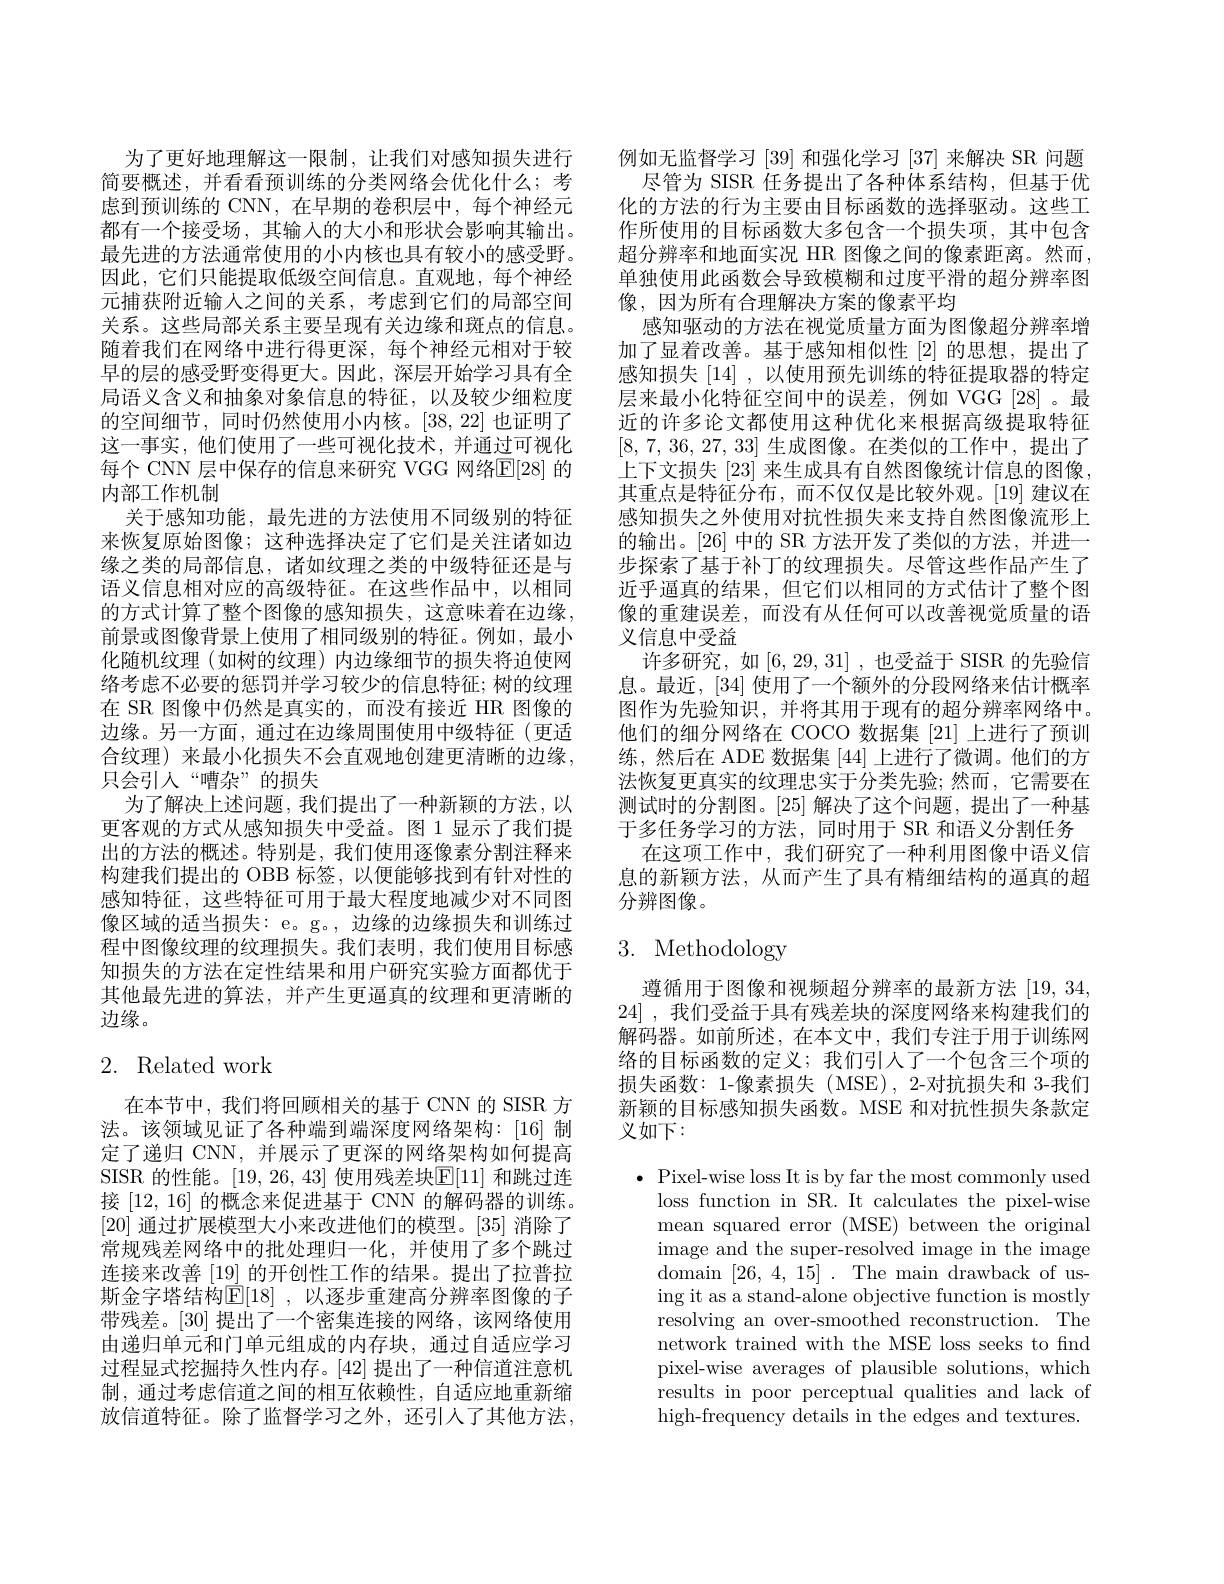
为了更好地理解这一限制，让我们对感知损失进行简要概述，并看看预训练的分类网络会优化什么；考虑到预训练的 CNN,在早期的卷积层中，每个神经元都有一个接受场，其输入的大小和形状会影响其输出。最先进的方法通常使用的小内核也具有较小的感受野。因此，它们只能提取低级空间信息。直观地，每个神经元捕获附近输人之间的关系，考虑到它们的局部空间关系。这些局部关系主要呈现有关边缘和斑点的信息。随着我们在网络中进行得更深，每个神经元相对于较早的层的感受野变得更大。因此，深层开始学习具有全局语义含义和抽象对象信息的特征，以及较少细粒度的空间细节，同时仍然使用小内核。[38,22]也证明了这一事实，他们使用了一些可视化技术，并通过可视化每个 CNN 层中保存的信息来研究 VGG 网络E[28] 的内部工作机制
关于感知功能，最先进的方法使用不同级别的特征来恢复原始图像；这种选择决定了它们是关注诸如边缘之类的局部信息，诸如纹理之类的中级特征还是与语义信息相对应的高级特征。在这些作品中，以相同的方式计算了整个图像的感知损失，这意味着在边缘， 前景或图像背景上使用了相同级别的特征。例如，最小化随机纹理(如树的纹理)内边缘细节的损失将迫使网络考虑不必要的惩罚并学习较少的信息特征；树的纹理在 SR 图像中仍然是真实的，而没有接近 HR 图像的边缘。另一方面，通过在边缘周围使用中级特征(更适合纹理)来最小化损失不会直观地创建更清晰的边缘， 只会引入“嘈杂”的损失
为了解决上述问题，我们提出了一种新颖的方法，以更客观的方式从感知损失中受益。图 1 显示了我们提出的方法的概述。特别是，我们使用逐像素分割注释来构建我们提出的 OBB 标签，以便能够找到有针对性的感知特征，这些特征可用于最大程度地减少对不同图像区域的适当损失：e。g。, 边缘的边缘损失和训练过程中图像纹理的纹理损失。我们表明，我们使用目标感知损失的方法在定性结果和用户研究实验方面都优于其他最先进的算法，并产生更逼真的纹理和更清晰的边缘。

## 2. Related work

在本节中，我们将回顾相关的基于 CNN 的 SISR 方法。该领域见证了各种端到端深度网络架构：[16]制定了递归 CNN,并展示了更深的网络架构如何提高SISR 的性能。[19,26,43] 使用残差块$\mathbb{E}[11]$ 和跳过连接[12,16] 的概念来促进基于 CNN 的解码器的训练。[20]通过扩展模型大小来改进他们的模型。[35]消除了常规残差网络中的批处理归一化，并使用了多个跳过连接来改善[19]的开创性工作的结果。提出了拉普拉斯金字塔结构$\mathbb{E}[18]$,以逐步重建高分辨率图像的子带残差。[30]提出了一个密集连接的网络，该网络使用由递归单元和门单元组成的内存块，通过自适应学习过程显式挖掘持久性内存。[42]提出了一种信道注意机制，通过考虑信道之间的相互依赖性，自适应地重新缩放信道特征。除了监督学习之外，还引人了其他方法，

例如无监督学习 [39] 和强化学习 [37] 来解决 SR 问题
尽管为 SISR 任务提出了各种体系结构，但基于优化的方法的行为主要由目标函数的选择驱动。这些工作所使用的目标函数大多包含一个损失项，其中包含超分辨率和地面实况 HR 图像之间的像素距离。然而， 单独使用此函数会导致模糊和过度平滑的超分辨率图像，因为所有合理解决方案的像素平均
感知驱动的方法在视觉质量方面为图像超分辨率增加了显着改善。基于感知相似性[2]的思想，提出了感知损失[14],以使用预先训练的特征提取器的特定层来最小化特征空间中的误差，例如 VGG[28]。最近的许多论文都使用这种优化来根据高级提取特征[8, 7, 36, 27, 33]生成图像。在类似的工作中，提出了上下文损失[23]来生成具有自然图像统计信息的图像， 其重点是特征分布，而不仅仅是比较外观。[19] 建议在感知损失之外使用对抗性损失来支持自然图像流形上的输出。[26] 中的 SR 方法开发了类似的方法，并进一步探索了基于补丁的纹理损失。尽管这些作品产生了近乎逼真的结果，但它们以相同的方式估计了整个图像的重建误差，而没有从任何可以改善视觉质量的语义信息中受益
许多研究，如[6,29,31] ,也受益于 SISR 的先验信息。最近，[34] 使用了一个额外的分段网络来估计概率图作为先验知识，并将其用于现有的超分辨率网络中。他们的细分网络在 COCO 数据集 [21] 上进行了预训练，然后在 ADE 数据集 [44] 上进行了微调。他们的方法恢复更真实的纹理忠实于分类先验；然而，它需要在测试时的分割图。[25]解决了这个问题，提出了一种基于多任务学习的方法，同时用于 SR 和语义分割任务
在这项工作中，我们研究了一种利用图像中语义信息的新颖方法，从而产生了具有精细结构的逼真的超分辨图像。

# 3. Methodology

遵循用于图像和视频超分辨率的最新方法 [19,34, 24] ,我们受益于具有残差块的深度网络来构建我们的解码器。如前所述，在本文中，我们专注于用于训练网络的目标函数的定义；我们引人了一个包含三个项的损失函数：1-像素损失(MSE), 2-对抗损失和 3-我们新颖的目标感知损失函数。MSE 和对抗性损失条款定义如下：

$\bullet$ Pixel-wise loss It is by far the most commonly used
loss function in SR. It calculates the pixel-wise mean squared error (MSE) between the original image and the super-resolved image in the image domain [26,4,15]. The main drawback of using it as a stand-alone objective function is mostly resolving an over-smoothed reconstruction. The network trained with the MSE loss seeks to find pixel-wise averages of plausible solutions, which results in poor perceptual qualities and lack of high-frequency details in the edges and textures.